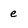
Character: e